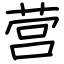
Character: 营